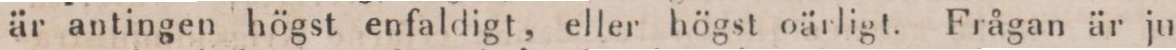
är antingen högst enfaldigt, eller högst oärligt. Frågan är ju